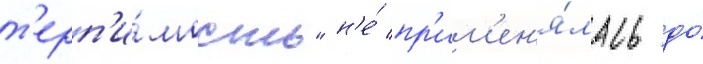
т'ерп'и́мость" н'е́ пр'им'ен'я́лась до́